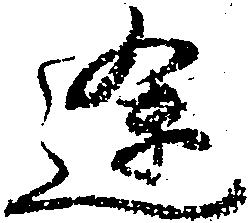
途